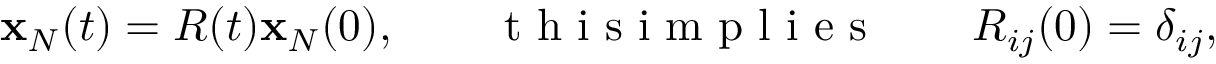
\begin{array} { r } { { \bf x } _ { N } ( t ) = R ( t ) { \bf x } _ { N } ( 0 ) , \qquad \mathrm { ~ t ~ h ~ i ~ s ~ i ~ m ~ p ~ l ~ i ~ e ~ s ~ } \qquad R _ { i j } ( 0 ) = \delta _ { i j } , } \end{array}